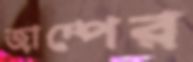
জাম্পের